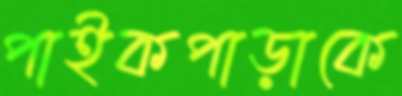
পাইকপাড়াকে